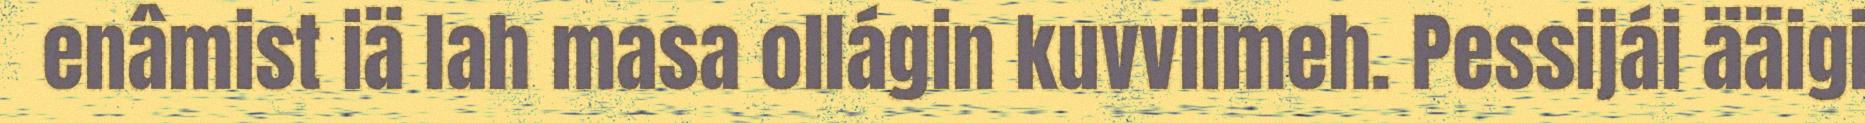
enâmist iä lah masa ollágin kuvviimeh. Pessijái ääigi